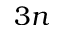
3 n